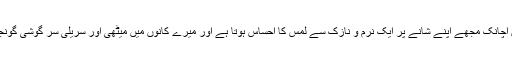
اس حالت میں اچانک مجھے اپنے شانے پر ایک نرم و نازک سے لمس کا احساس ہوتا ہے اور میرے کانوں میں میٹھی اور سریلی سر گوشی گونجنے لگی ہے۔